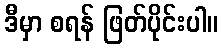
ဒီမှာ စရန် ဖြတ်ပိုင်းပါ။